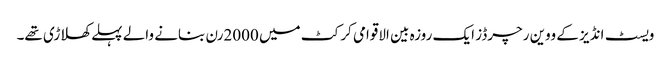
ویسٹ انڈیز کے ووین رچرڈز ایک روزہ بین الاقوامی کرکٹ میں 2000رن بنانے والے پہلے کھلاڑی تھے۔